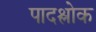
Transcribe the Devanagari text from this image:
पादश्लोक